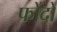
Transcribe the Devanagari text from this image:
फोंदो